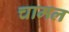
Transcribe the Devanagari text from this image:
चामल